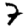
Digit: 7